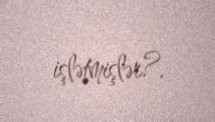
işlətmişlər?.